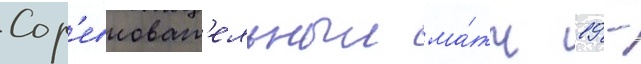
Сор'евноват'ельныи ма́тч 19 -